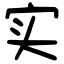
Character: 实